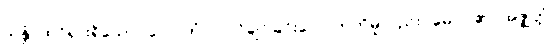
သန္တံ၊ ထင်ရှားရှိသော။ လောဘံ ဝါ၊ လိုချင်ခြင်းလောဘကိုမူလည်း။ မေ၊ ငါ၏။ အဇ္ဈတ္တံ၊